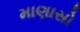
માણાસો